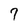
Character: 7